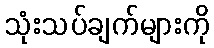
သုံးသပ်ချက်များကို